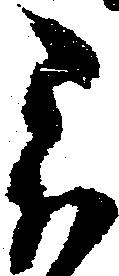
被